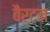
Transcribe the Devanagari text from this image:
बैर्टन